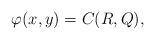
\begin{align*}\varphi(x,y)=C(R,Q),\end{align*}